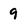
Character: 9